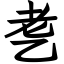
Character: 㐗